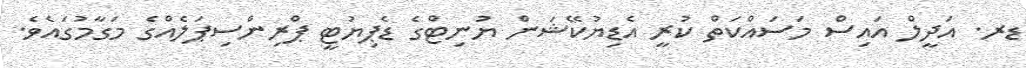
ޑރ. އަދީލް އައިސް މަސައްކަތް ކުރީ އެޑިޔުކޭޝަން ޔުނިޓްގެ ޑެޕިޔުޓީ ޕްރިންސިޕަލެއްގެ މަގާމުގައެވެ.